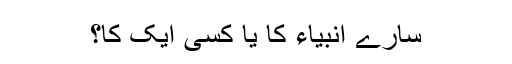
سارے انبیاء کا یا کسی ایک کا؟